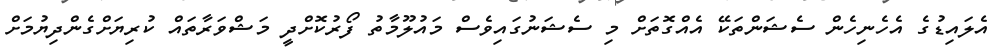
އެލައިޑުގެ އެހެނިހެން ސެޝަންތަކޭ އެއްގޮތަށް މި ސެޝަނުގައިވެސް މައުލޫމާތު ފޯރުކޮށްދީ މަޝްވަރާތައް ކުރިޔަށްގެންދިޔުމަށް